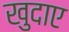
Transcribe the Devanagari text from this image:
खुदाए